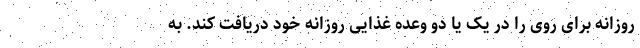
روزانه برای روی را در یک یا دو وعده غذایی روزانه خود دریافت کند. به